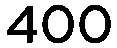
400